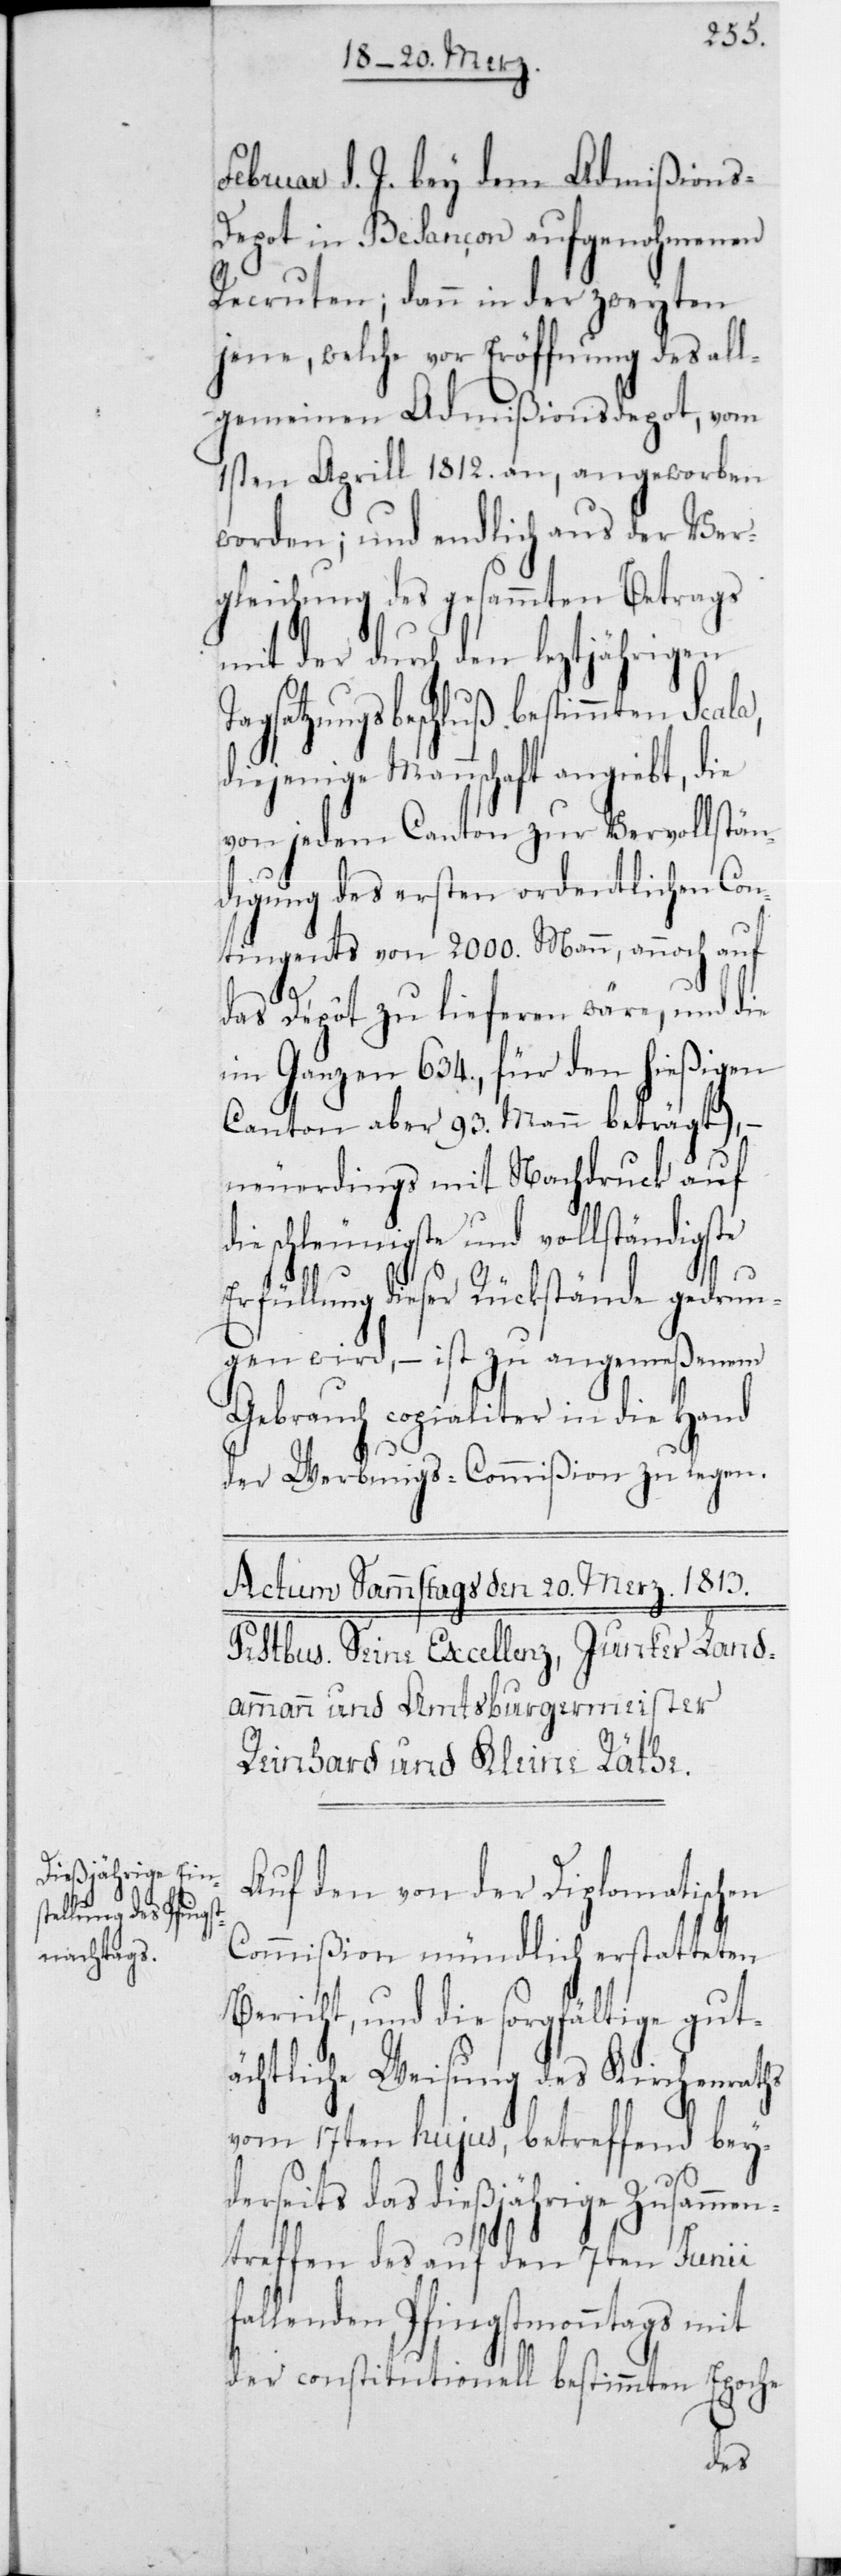
Februar d. J. bey dem Admißions-D¬
epot in Besançon aufgenohmenen
Recruten, dann in der zweyten
jene, welche vor Eröffnung des all¬
gemeinen Admißionsdepot, vom
1sten Aprill 1812 an, angeworben
worden; und endlich aus der Ver¬
gleichung des gesammten Betrags
mit der durch den leztjährigen T¬
agsatzungsbeschluß bestimmten Scala,
diejenige Mannschaft angiebt, die
von jedem Canton zur Vervollstän¬
digung des ersten ordentlichen Con¬
tingents von 2000 Mann, annoch auf
das Dépôt zu lieferen wäre, und die
im Ganzen 634, für den hießigen
Canton aber 93 Mann beträgt), –
neuerdings mit Nachdruck auf
die schleunigste und vollständigste
Erfüllung dieser Rückstände gedrun¬
gen wird, – ist zu angemeßenem
Gebrauch copialiter in die Hand
der Werbungs-Commißion zu legen.
Auf den von der Diplomatischen
Commißion mündlich erstatteten
Bericht, und die sorgfältige gut¬
ächtliche Weisung des Kirchenraths
vom 17ten hujus, betreffend beyd¬
erseits das dießjährige Zusammen¬
treffen des auf den 7ten Junii
llenden Pfingstmonntags mit
der constitutionell bestimmten Epoche
fa¬